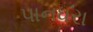
પાનધરા